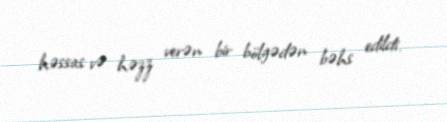
həssas və həzz verən bir bölgədən bəhs edildi.